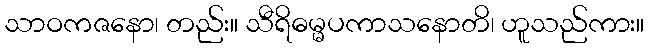
သာဝကဇနော၊ တည်း။ သီရိဓမ္မပကာသနောတိ၊ ဟူသည်ကား။